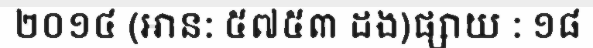
២០១៤ (អាន: ៥៧៥៣ ដង)ផ្សាយ : ១៨